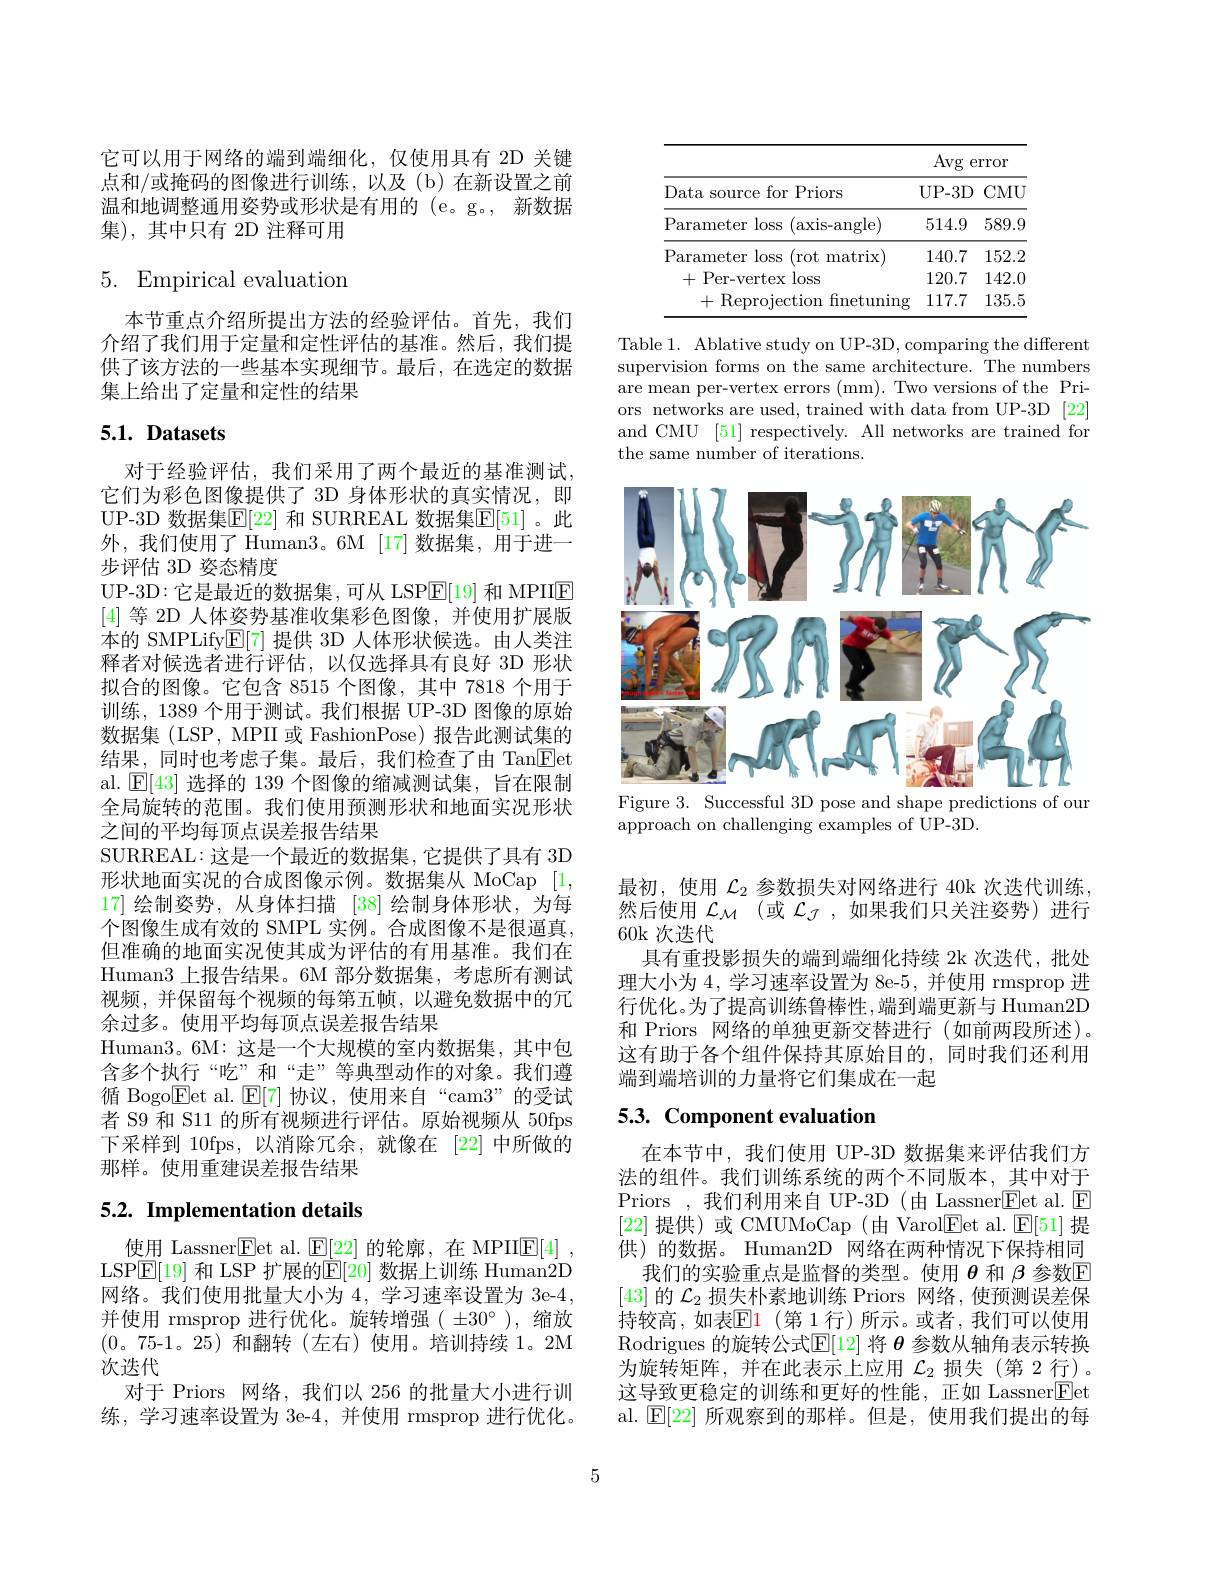
它可以用于网络的端到端细化，仅使用具有 2D 关键点和/或掩码的图像进行训练，以及(b)在新设置之前温和地调整通用姿势或形状是有用的 (e。g。, 新数据集),其中只有 2D 注释可用

# 5. Empirical evaluation

本节重点介绍所提出方法的经验评估。首先，我们介绍了我们用于定量和定性评估的基准。然后，我们提供了该方法的一些基本实现细节。最后，在选定的数据集上给出了定量和定性的结果

# 5.1. Datasets

对于经验评估，我们采用了两个最近的基准测试， 它们为彩色图像提供了 3D 身体形状的真实情况，即UP-3D 数据集$\mathbb{E}[22]$ 和 SURREAL 数据集$\mathbb{E}[51]$ 。此外，我们使用了 Human3。6M [17]数据集，用于进一步评估 3D 姿态精度
UP-3D:它是最近的数据集，可从 LSP$\overline{\mathrm{E}}[19]$和 MPIIE [4]等 2D 人体姿势基准收集彩色图像，并使用扩展版本的 SMPLify$\mathbb{E}[7]$提供 3D 人体形状候选。由人类注释者对候选者进行评估，以仅选择具有良好 3D 形状拟合的图像。它包含 8515 个图像，其中 7818 个用于训练，1389 个用于测试。我们根据 UP-3D 图像的原始数据集 (LSP, MPII 或 FashionPose)报告此测试集的结果，同时也考虑子集。最后，我们检查了由 Tan$\boxed{\mathrm{E}}$et al. $\operatorname{E[43]}$选择的 139 个图像的缩减测试集，旨在限制全局旋转的范围。我们使用预测形状和地面实况形状之间的平均每顶点误差报告结果
SURREAL:这是一个最近的数据集，它提供了具有 3D 形状地面实况的合成图像示例。数据集从 MoCap [1, 17] 绘制姿势，从身体扫描[38]绘制身体形状，为每个图像生成有效的 SMPL 实例。合成图像不是很逼真， 但准确的地面实况使其成为评估的有用基准。我们在Human3 上报告结果。6M 部分数据集，考虑所有测试视频，并保留每个视频的每第五帧，以避免数据中的冗余过多。使用平均每顶点误差报告结果
Human3。6M: 这是一个大规模的室内数据集，其中包含多个执行“吃”和“走”等典型动作的对象。我们遵循 Bogo$\boxed{\mathrm{E}}$et al.$\boxed{\mathrm{E}}[7]$ 协议，使用来自“cam$3”$的受试者 S9 和 S11 的所有视频进行评估。原始视频从 50fps 下采样到 10fps,以消除冗余，就像在[22]中所做的那样。使用重建误差报告结果

# 5.2. Implementation details

使用 Lassner$\boxed{\mathrm{E}}$et al.$\boxed{\mathrm{E}}[22]$的轮廓，在 MPII$\boxed{\mathrm{E}}[4]$ LSP$\boxed{\mathrm{F}}[19]$ 和 LSP 扩展的$\boxed{\mathrm{E}}[20]$ 数据上训练 Human2D 网络。我们使用批量大小为4，学习速率设置为 3e-4, 并使用 rmsprop 进行优化。旋转增强( $\pm30^\circ$ ), 缩放(0。75-1。25)和翻转(左右)使用。培训持续 1。2M 次迭代
对于 Priors 网络，我们以 256 的批量大小进行训练，学习速率设置为 3e-4,并使用 rmsprop 进行优化。

<table>
	<tbody>
		<tr>
			<th> </th>
			<th>Avg</th>
			<th>${\mathrm{rror}}$</th>
		</tr>
		<tr>
			<td>Data source for Priors</td>
			<td>UP- 3D</td>
			<td>$CMU$</td>
		</tr>
		<tr>
			<td>Parameter loss (axis-angle)</td>
			<td>514.9</td>
			<td>589.9</td>
		</tr>
		<tr>
			<td>Parameter loss (rot matrix</td>
			<td>140.7</td>
			<td>152.2</td>
		</tr>
		<tr>
			<td>+Per-vertex loss</td>
			<td>120.7</td>
			<td>142.0</td>
		</tr>
		<tr>
			<td>+Reprojection fnetuning</td>
			<td>117.7</td>
			<td>135.5</td>
		</tr>
	</tbody>
</table>

Table 1. Ablative study on UP-3D, comparing the different supervision forms on the same architecture. The numbers are mean per-vertex errors (mm). Two versions of the Priors networks are used, trained with data from UP-3D [22] and CMU [51] respectively. All networks are trained for the same number of iterations.

<FigureHere>
Figure 3. Successful 3D pose and shape predictions of our

approach on challenging examples of UP-3D.

最初，使用$\mathcal{L}_2$参数损失对网络进行 40k 次迭代训练， 然后使用$\mathcal{L}_{\mathcal{M}}$ (或$\mathcal{L}_\mathcal{J}$,如果我们只关注姿势)进行60k 次迭代
具有重投影损失的端到端细化持续 2k 次迭代，批处理大小为4，学习速率设置为 8e-5, 并使用 rmsprop 进行优化。为了提高训练鲁棒性，端到端更新与 Human2D 和 Priors 网络的单独更新交替进行 (如前两段所述)。这有助于各个组件保持其原始目的，同时我们还利用端到端培训的力量将它们集成在一起

# 5.3. Component evaluation

在本节中，我们使用 UP-3D 数据集来评估我们方法的组件。我们训练系统的两个不同版本，其中对于Priors ,我们利用来自 UP-3D (由 Lassner$\underline{\mathrm{E}}$et al.$\underline{\mathrm{E}}$ [22]提供)或 CMUMoCap(由 Varol$\boxed{\mathrm{Fet~al.~}\mathrm{E}}[51]$提供)的数据。Human2D 网络在两种情况下保持相同
我们的实验重点是监督的类型。使用$\theta$和$\beta$参数E [43]的$\mathcal{L}_2$损失朴素地训练 Priors 网络，使预测误差保持较高，如表$\mathbb{E}\color{red}1$ (第 1 行)所示。或者，我们可以使用Rodrigues 的旋转公式$\mathbb{E}[$12] 将 $\theta$ 参数从轴角表示转换为旋转矩阵，并在此表示上应用$\mathcal{L}_2$损失(第 2 行)。这导致更稳定的训练和更好的性能，正如 Lassner$\boxed{\mathrm{F}}$et al. $\boxed{\mathrm{E}}[22]$所观察到的那样。但是，使用我们提出的每

5